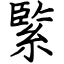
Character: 𦂳